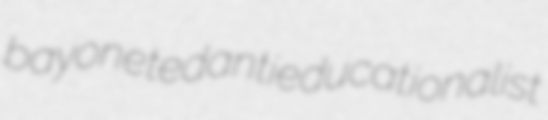
bayoneted antieducationalist